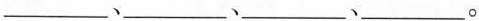
__、___、___、___。